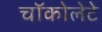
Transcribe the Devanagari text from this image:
चॉकोलेटे